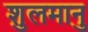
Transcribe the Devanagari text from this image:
शुलमानु